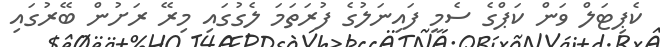
ކެޕިޓަލް ވަން ކަޕްގެ ސެމީ ފައިނަލުގެ ފުރަތަމަ ލެގުގައި މިރޭ ރަށުން ބޭރުގައި